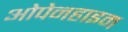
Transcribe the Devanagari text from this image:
ओपेनहाइम